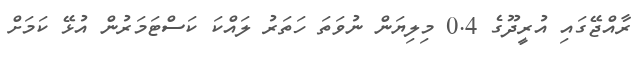
ރާއްޖޭގައި އުރީދޫގެ 0.4 މިލިޔަން ނުވަތަ ހަތަރު ލައްކަ ކަސްޓަމަރުން އުޅޭ ކަމަށް